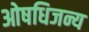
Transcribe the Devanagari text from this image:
ओषधिजन्य